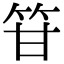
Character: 䇞